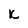
Character: k